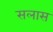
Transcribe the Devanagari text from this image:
सलास